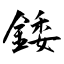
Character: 錗